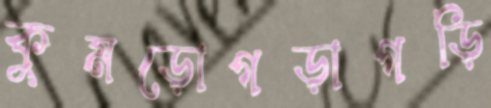
কুমড়োগড়াগড়ি